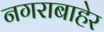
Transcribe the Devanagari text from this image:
नगराबाहेर